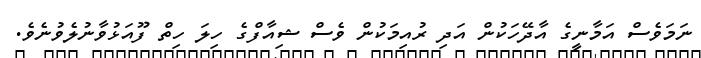
ނަމަވެސް އަމާނީގެ އާދޭހަކުން އަދި ރުއިމަކުން ވެސް ޝިއާފްގެ ހިލަ ހިތް ފޫއަޅުވާނުލެވުނެވެ.